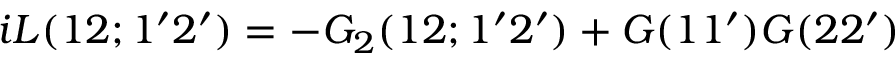
i L ( 1 2 ; 1 ^ { \prime } 2 ^ { \prime } ) = - G _ { 2 } ( 1 2 ; 1 ^ { \prime } 2 ^ { \prime } ) + G ( 1 1 ^ { \prime } ) G ( 2 2 ^ { \prime } )